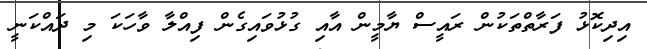
އިދިކޮޅު ފަރާތްތަކުން ރައީސް ޔާމީން އާއި ގުޅުވައިގެން ފިއްލާ ވާހަކަ މި ދައްކަނީ